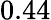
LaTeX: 0.44